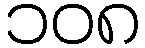
၁၀၈